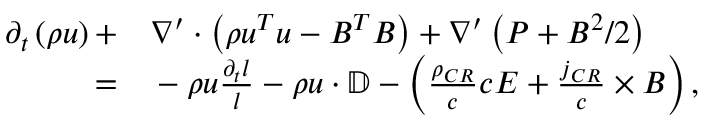
\begin{array} { r l } { \partial _ { t } \left( \rho \boldsymbol { u } \right) + } & { { } \nabla ^ { \prime } \cdot \left( \rho \boldsymbol { u ^ { T } } \boldsymbol { u } - \boldsymbol { B ^ { T } } \boldsymbol { B } \right) + \nabla ^ { \prime } \left( P + B ^ { 2 } / 2 \right) } \\ { = } & { { } - \rho \boldsymbol { u } \frac { \partial _ { t } l } { l } - \rho \boldsymbol { u } \cdot \mathbb { D } - \left( \frac { \rho _ { C R } } { c } c \boldsymbol { E } + \frac { \boldsymbol { j } _ { C R } } { c } \times \boldsymbol { B } \right) , } \end{array}